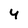
Character: 4